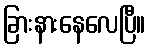
ခြားနားနေလေပြီ။